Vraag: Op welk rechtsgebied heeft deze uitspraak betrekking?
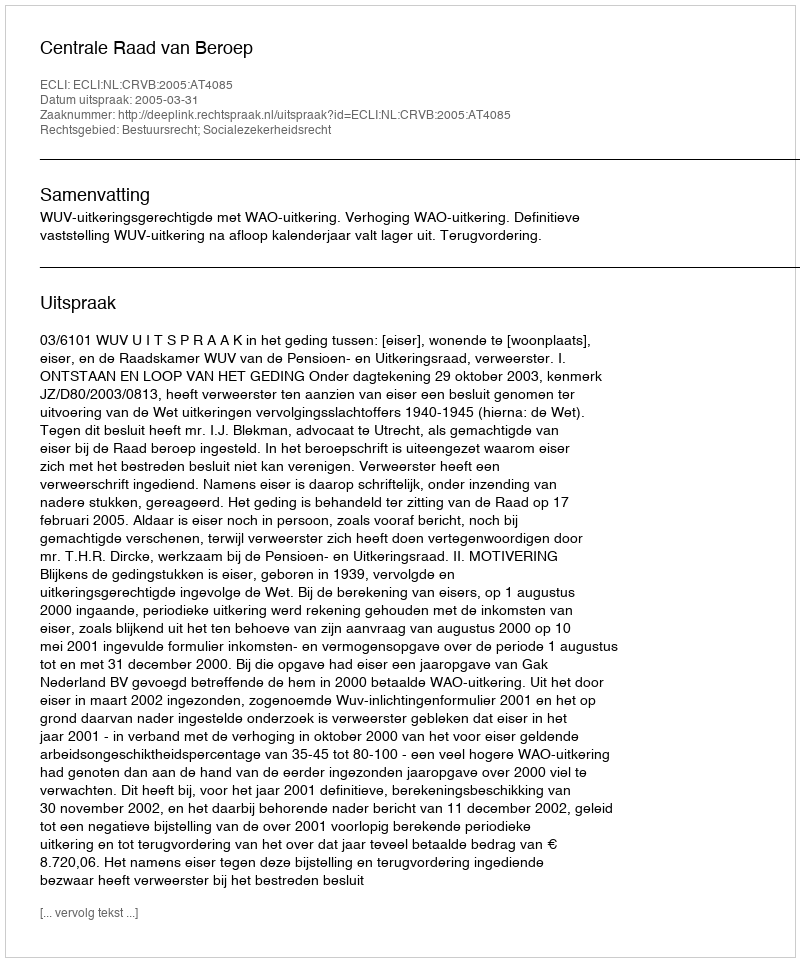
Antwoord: Bestuursrecht; Socialezekerheidsrecht